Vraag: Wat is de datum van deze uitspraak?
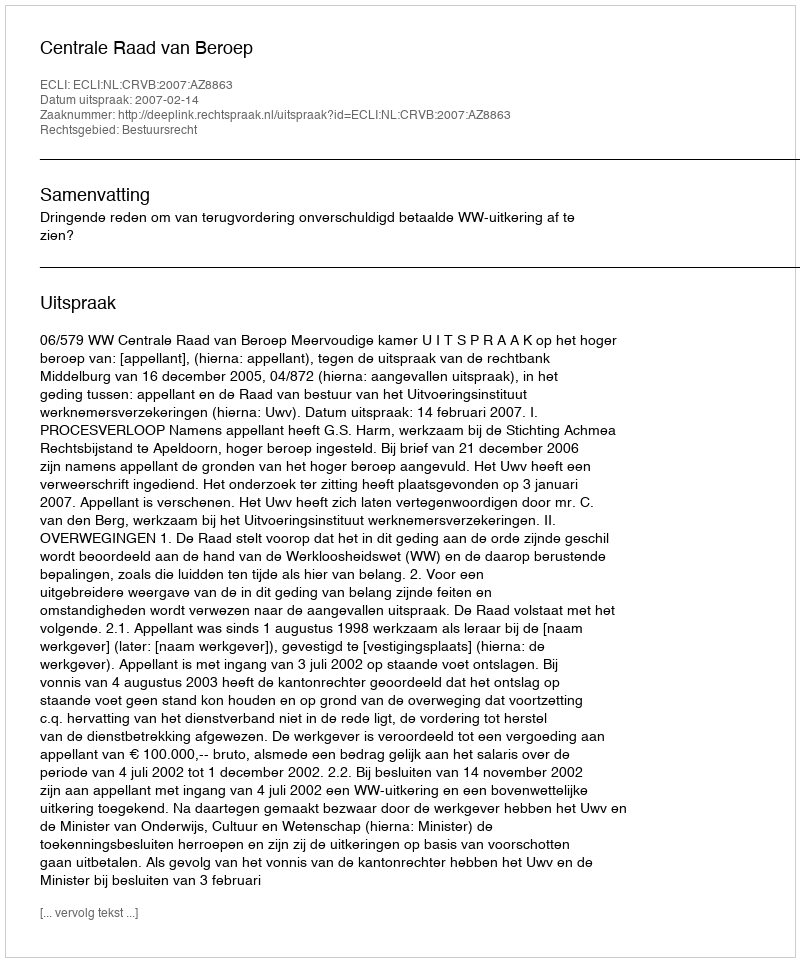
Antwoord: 2007-02-14